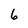
Character: 6